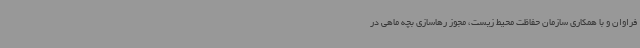
فراوان و با همکاری سازمان حفاظت محیط زیست، مجوز رهاسازی بچه ماهی در